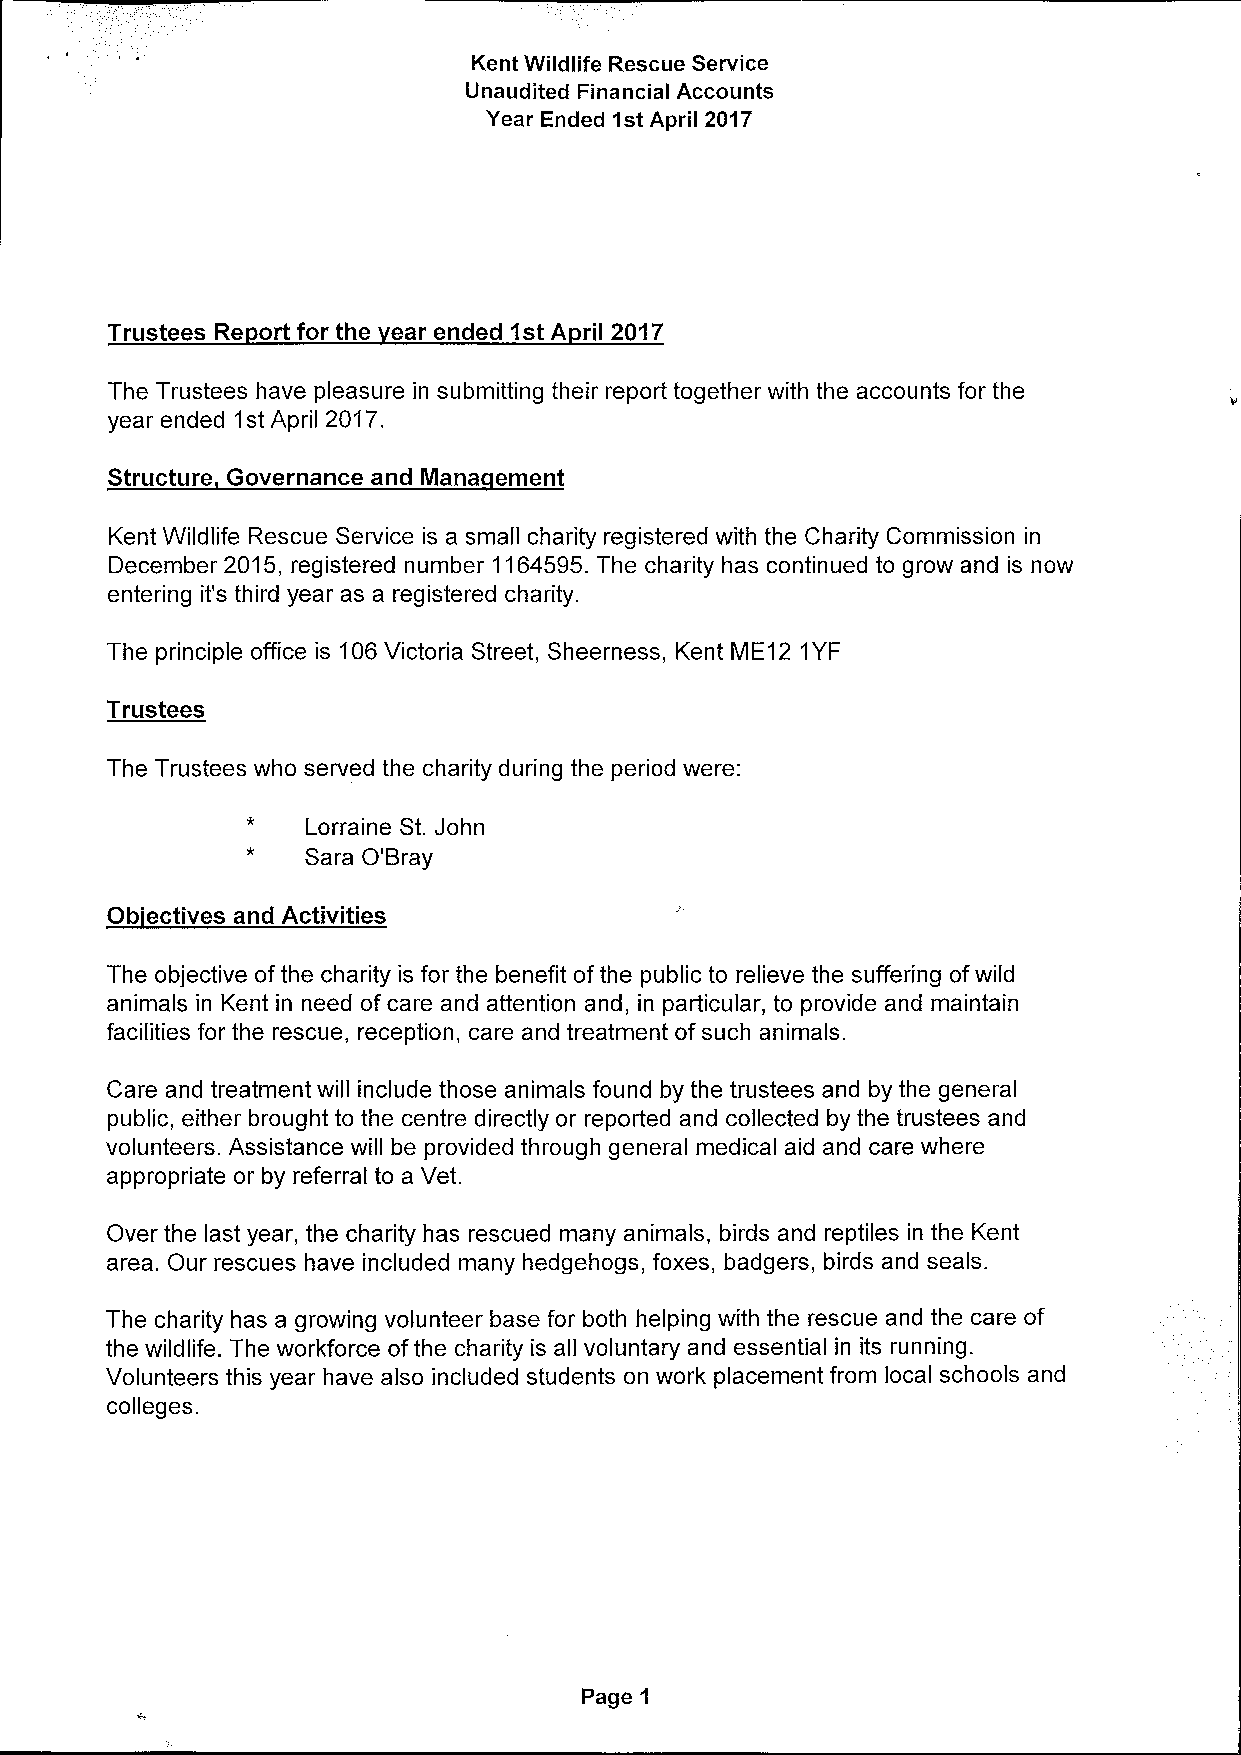
Kent Wildlife Rescue Service
 Unaudited Financial Accounts
 Year Ended 1stApril 2017
 Trustees Re ort for the ear ended 1stA ril 2017
 The Trustees have pleasure in submitting their report together with the accounts for the
 year ended 1stApril 2017.
 Structure Governance and Mana ement
 Kent Wildlife Rescue Service is a small charity registered with the Charity Commission in
 December 2015, registered number 1164595.The charity has continued to grow and is now
 entering it's third year as a registered charity.
 The principle office is 106Victoria Street, Sheerness, Kent ME12 1YF
 Trustees
 The Trustees who served the charity during the period were:
 Lorraine St. John
 Sara O'Bray
 Ob'ectives and Activities
 The objective ofthe charity is for the benefit ofthe public to relieve the suffering ofwild
 animals in Kent in need of care and attention and, in particular, to provide and maintain
 facilities for the rescue, reception, care and treatment ofsuch animals.
 Care and treatment will include those animals found by the trustees and by the general
 public, either brought to the centre directly or reported and collected by the trustees and
 volunteers. Assistance will be provided through general medical aid and care where
 appropriate or by referral to a Vet.
 Over the last year, the charity has rescued many animals, birds and reptiles in the Kent
 area. Our rescues have included many hedgehogs, foxes, badgers, birds and seals.
 The charity has a growing volunteer base for both helping with the rescue and the care of
 the wildlife. The workforce ofthe charity is all voluntary and essential in its running.
 Volunteers this year have also included students on work placement from local schools and
 colleges.
 Page 1